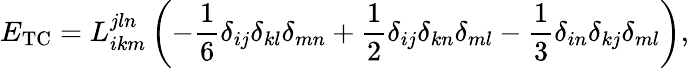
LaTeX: E_{\mathrm{TC}}=L_{ikm}^{jln}\left(-\frac{1}{6}\delta_{ij}\delta_{kl}\delta_{mn}+\frac{1}{2}\delta_{ij}\delta_{kn}\delta_{ml}-\frac{1}{3}\delta_{in}\delta_{kj}\delta_{ml}\right),